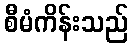
စီမံကိန်းသည်